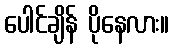
ပေါင်ချိန် ပိုနေလား။